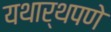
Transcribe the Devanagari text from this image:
यथार्थपणे